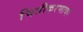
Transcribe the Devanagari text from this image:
चित्रीकरणाचा